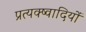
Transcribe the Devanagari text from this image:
प्रत्यक्ष्वादियों